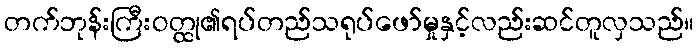
တက်ဘုန်းကြီးဝတ္ထု၏ရပ်တည်သရုပ်ဖော်မှုနှင့်လည်းဆင်တူလှသည်။